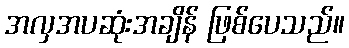
အလှအပဆုံးအချိန် ဖြစ်ပေသည်။